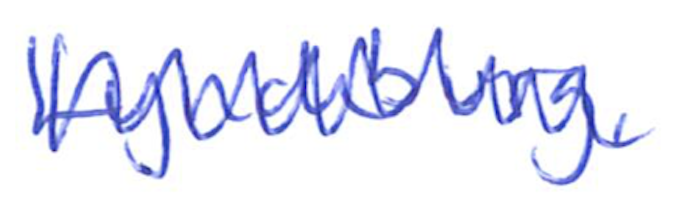
Text: Lynchburg,
Cross-out: zig-zag
Writing tool: ballpoint